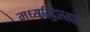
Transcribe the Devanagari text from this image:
मध्यहिंदुस्थान